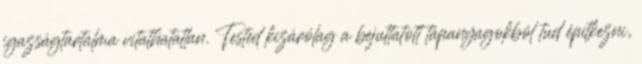
igazságtartalma vitathatatlan. Tested kizárólag a bejuttatott tápanyagokból tud építkezni,